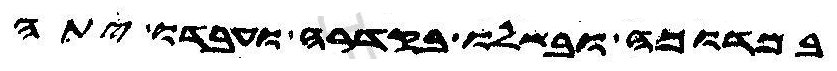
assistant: במדוכה ובשלו בקדרה ועבדו יתה